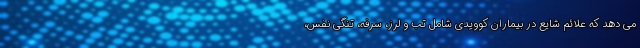
می دهد که علائم شایع در بیماران کوویدی شامل تب و لرز، سرفه، تنگی نفس،